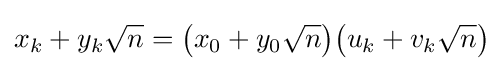
x_{k}+y_{k}{\sqrt {n}}={\big (}x_{0}+y_{0}{\sqrt {n}}{\big )}{\big (}u_{k}+v_{k}{\sqrt {n}}{\big )}